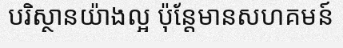
បរិស្ថានយ៉ាងល្អ ប៉ុន្តែមានសហគមន៍